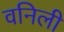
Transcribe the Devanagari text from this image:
वनिली